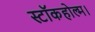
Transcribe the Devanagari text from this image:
स्टॉकहोल्म।